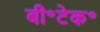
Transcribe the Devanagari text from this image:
बी॰टेक॰